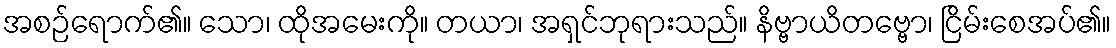
အစဉ်ရောက်၏။ သော၊ ထိုအမေးကို။ တယာ၊ အရှင်ဘုရားသည်။ နိဗ္ဗာယိတဗ္ဗော၊ ငြိမ်းစေအပ်၏။